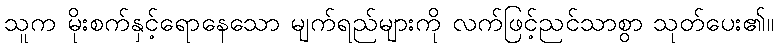
သူက မိုးစက်နှင့်ရောနေသော မျက်ရည်များကို လက်ဖြင့်ညင်သာစွာ သုတ်ပေး၏။